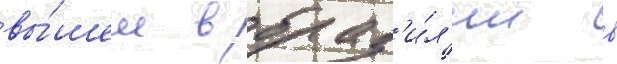
вы́шел в браз'и́л'ии в